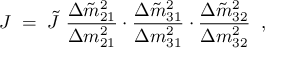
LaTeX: J \; = \; \tilde { J } ~ \frac { \Delta \tilde { m } _ { 2 1 } ^ { 2 } } { \Delta m _ { 2 1 } ^ { 2 } } \cdot \frac { \Delta \tilde { m } _ { 3 1 } ^ { 2 } } { \Delta m _ { 3 1 } ^ { 2 } } \cdot \frac { \Delta \tilde { m } _ { 3 2 } ^ { 2 } } { \Delta m _ { 3 2 } ^ { 2 } } \; \; ,